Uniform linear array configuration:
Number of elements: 64
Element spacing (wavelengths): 1
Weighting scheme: hamming
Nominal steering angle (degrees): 45
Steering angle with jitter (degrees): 43.762
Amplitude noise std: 0.05
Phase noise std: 0.05

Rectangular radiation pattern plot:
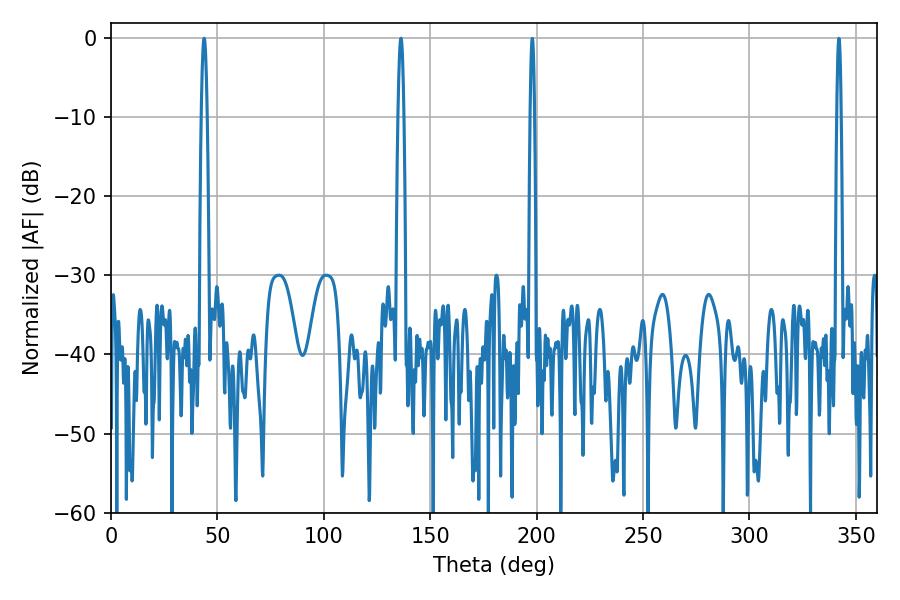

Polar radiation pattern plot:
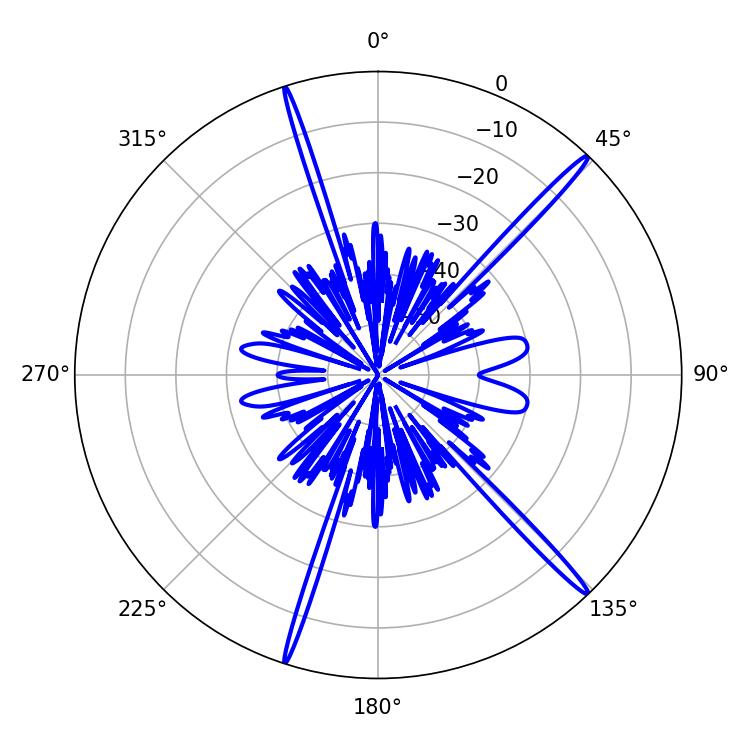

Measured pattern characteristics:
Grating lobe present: TRUE
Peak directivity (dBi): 18.621
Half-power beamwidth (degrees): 1.44
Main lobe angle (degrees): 43.74